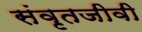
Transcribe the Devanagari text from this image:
संवृतजीवी